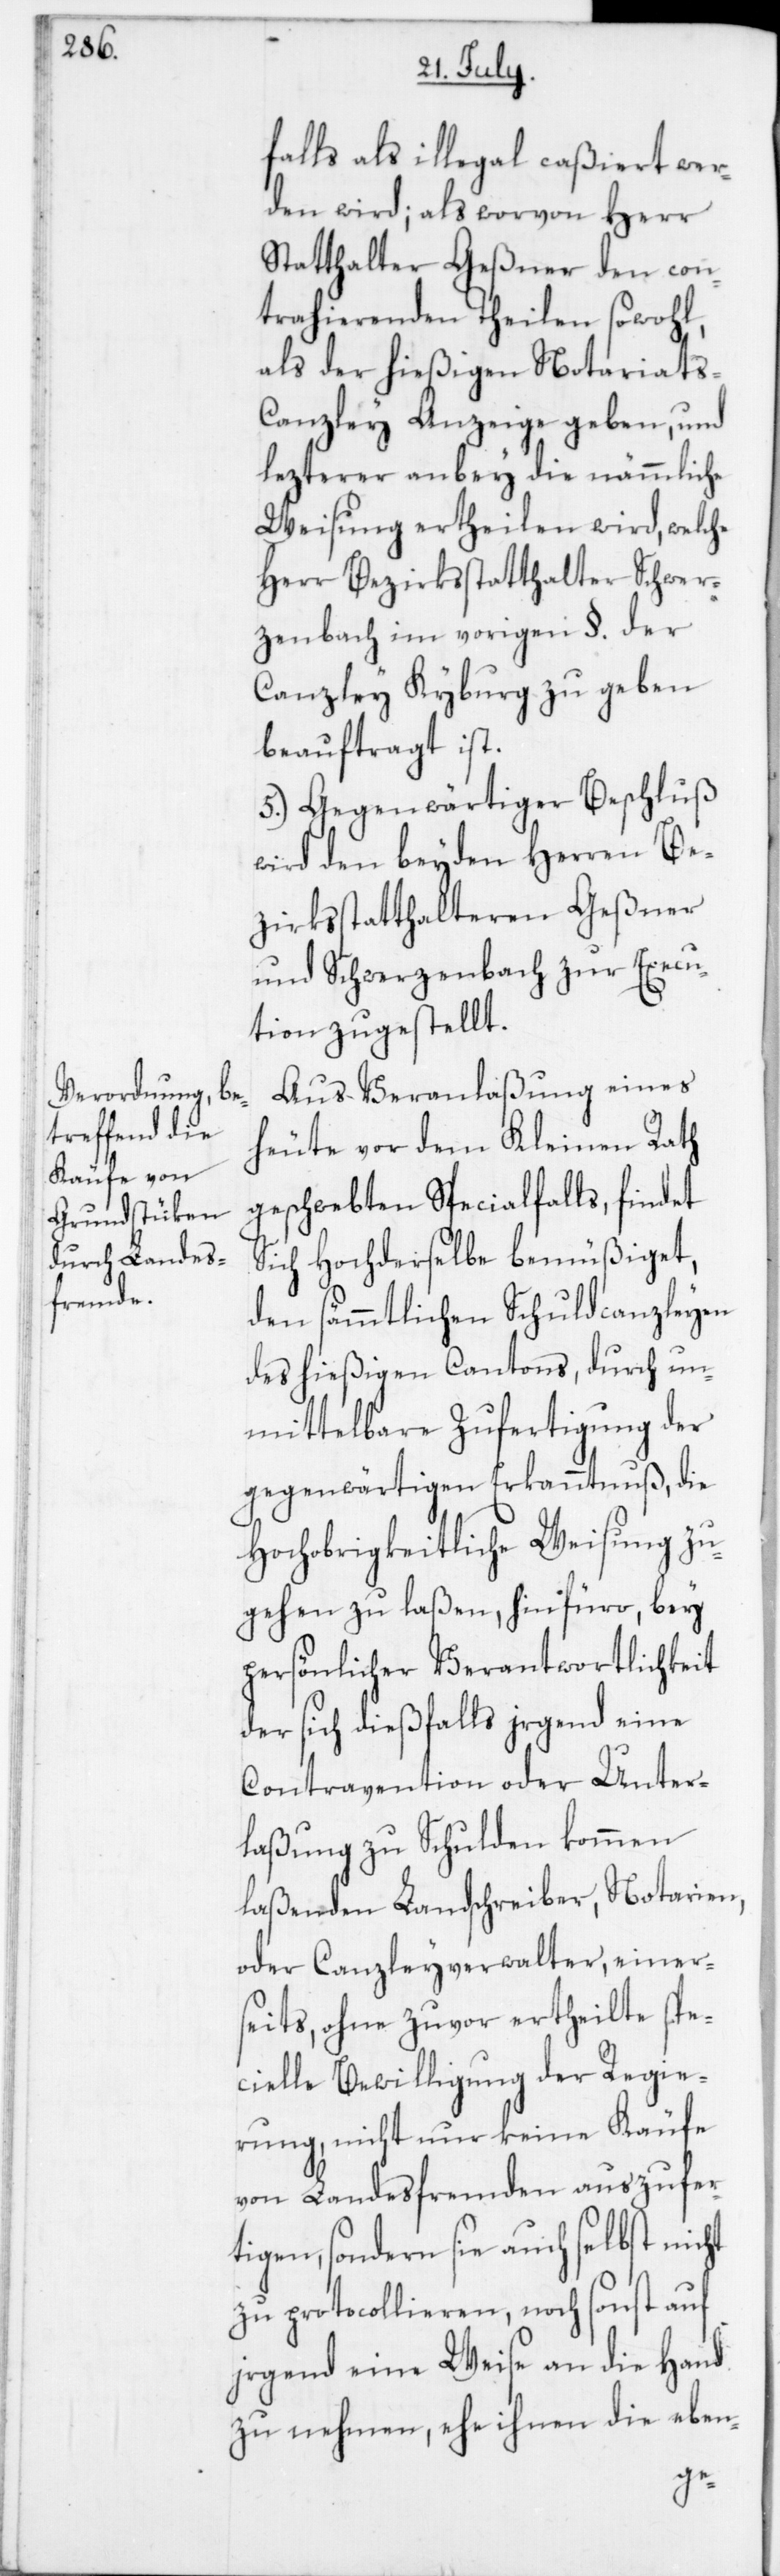
falls als illegal caßiert wer¬
den wird; als worvon Herr
Statthalter Geßner den con¬
trahierenden Theilen sowohl
als der hießigen Notariats-C¬
anzley Anzeige geben, und
lezterer anbey die nämmliche
Weisung ertheilen wird, welche
Herr Bezirksstatthalter Schwer¬
zenbach im vorigen §. der
Canzley Kyburg zu geben
beauftragt ist.
5. Gegenwärtiger Beschluß
wird den beyden Herren Be¬
zirksstatthalteren Geßner
und Schwerzenbach zur Execu¬
tion zugestellt.
Aus Veranlaßung eines
heute vor dem Kleinen Rath
geschwebten Specialfalls, findet
Sich Hochderselbe bemüßiget,
den sämmtlichen Schuldcanzleyen
des hießigen Cantons, durch un¬
mittelbare Zufertigung der
gegenwärtigen Erkanntnuß, die
Hochobrigkeitliche Weisung zu¬
gehen zu laßen, hinfüro, bey
persönlicher Verantwortlichkeit
der sich dießfalls irgend eine
Contravention oder Unter¬
laßung zu Schulden kommen
laßenden Landschreiber, Notarien
oder Canzleyverwalter, einer¬
seits, ohne zuvor ertheilte spe¬
cielle Bewilligung der Regie¬
rung, nicht nur keine Käufe
von Landesfremden auszufer¬
tigen, sondern sie auch selbst nicht
zu protocollieren, noch sonst auf
irgend eine Weise an die Hand
zu nehmen, ehe ihnen die eben-